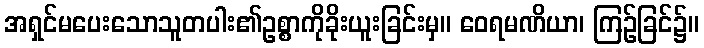
အရှင်မပေးသောသူတပါး၏ဥစ္စာကိုခိုးယူးခြင်းမှ။ ဝေရမဏိယာ၊ ကြဉ်ခြင်၌။